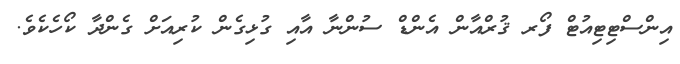
އިންސްޓިޓިއުޓް ފޯރ ޤުރްއާން އެންޑް ސުންނާ އާއި ގުޅިގެން ކުރިއަށް ގެންދާ ކޯހެކެވެ.